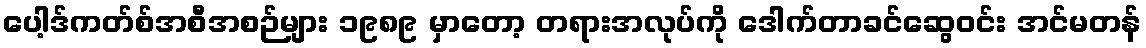
ပေါ့ဒ်ကတ်စ်အစီအစဉ်များ ၁၉၈၉ မှာတော့ တရားအလုပ်ကို ဒေါက်တာခင်ဆွေဝင်း အင်မတန်